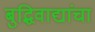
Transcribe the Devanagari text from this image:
बुद्धिवाद्यांचा